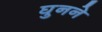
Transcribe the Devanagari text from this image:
घुनने